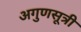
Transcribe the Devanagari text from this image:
अगुणसूत्री